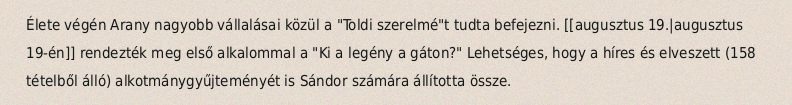
Élete végén Arany nagyobb vállalásai közül a "Toldi szerelmé"t tudta befejezni. [[augusztus 19.|augusztus 19-én]] rendezték meg első alkalommal a "Ki a legény a gáton?" Lehetséges, hogy a híres és elveszett (158 tételből álló) alkotmánygyűjteményét is Sándor számára állította össze.